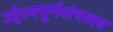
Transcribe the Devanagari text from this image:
उद्देश्यपूर्णसंचलन